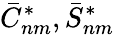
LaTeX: \bar{C}_{nm}^{*},\bar{S}_{nm}^{*}